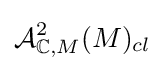
{\mathcal {A}}_{\mathbb {C} ,M}^{2}(M)_{cl}